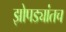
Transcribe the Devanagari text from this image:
झोपड्यांतच